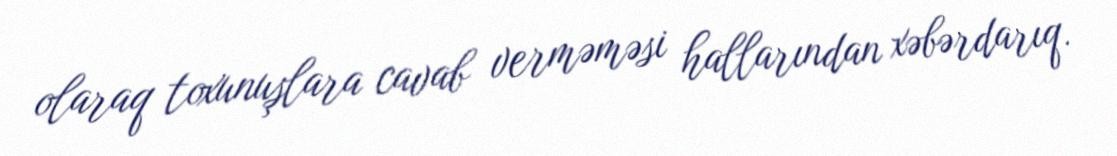
olaraq toxunuşlara cavab verməməsi hallarından xəbərdarıq.